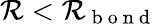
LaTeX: \mathcal{R}<\mathcal{R}_{\mathrm{{~b~o~n~d~}}}